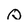
Character: Q